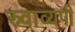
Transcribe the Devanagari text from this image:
स्र्वाव्यपी